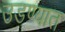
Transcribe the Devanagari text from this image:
उडण्यात